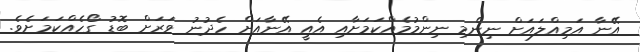
އޭނާ އަމިއްލައަށް ނިންމި ނިންމުމެއްކަމަށާއި އެއީ އޭނާއަށް ހެދުނު ވަރަށް ބޮޑު ގޯހެއްކަމަށެވެ.